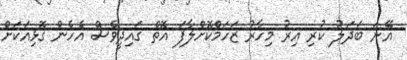
އޭނަ ބަދަލު ކުރި އިރު މިހާރު ޒަހަމްކޮށްލާފަ އޮތް ގައިދީވެސް އެހެން ގޮޅިއަކަށް